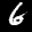
Label: 6